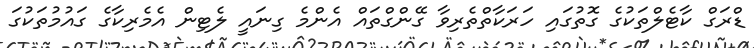
ޑްރަގް ކާޓެލްތަކުގެ ގޮތުގައި ހަރަކާތްތެރިވާ ގޭންގްތައް އެންމެ ގިނައީ ލެޓިން އެމެރިކާގެ ގައުމުތަކުގަ